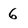
Character: 6